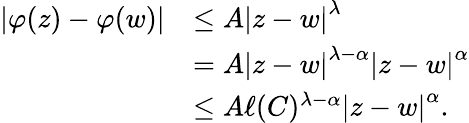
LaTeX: \begin{array}{rl}{\displaystyle\left\lvert\varphi(z)-\varphi(w)\right\rvert}&{\leq A\displaystyle\left\lvert z-w\right\rvert^{\lambda}}\\ &{=A\displaystyle\left\lvert z-w\right\rvert^{\lambda-\alpha}\displaystyle\left\lvert z-w\right\rvert^{\alpha}}\\ &{\leq A\ell(C)^{\lambda-\alpha}\displaystyle\left\lvert z-w\right\rvert^{\alpha}.}\end{array}